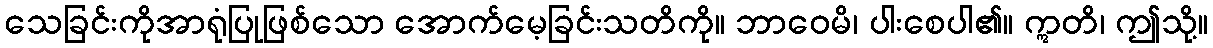
သေခြင်းကိုအာရုံပြုဖြစ်သော အောက်မေ့ခြင်းသတိကို။ ဘာဝေမိ၊ ပါးစေပါ၏။ ဣတိ၊ ဤသို့။